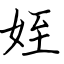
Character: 姪